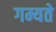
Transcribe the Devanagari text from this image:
गम्यते